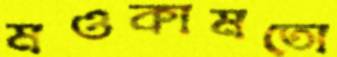
মওকামতো